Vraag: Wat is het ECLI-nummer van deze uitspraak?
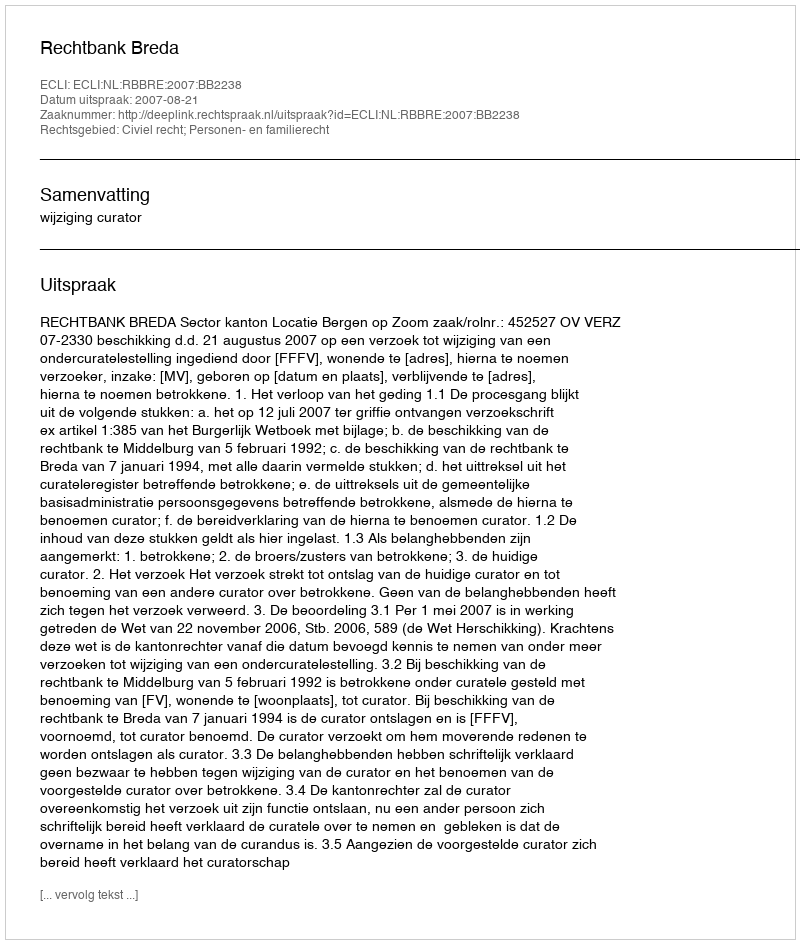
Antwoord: ECLI:NL:RBBRE:2007:BB2238